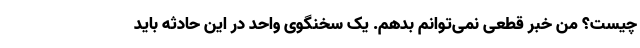
چیست؟ من خبر قطعی نمی‌توانم بدهم. یک سخنگوی واحد در این حادثه باید